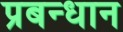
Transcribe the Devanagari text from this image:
प्रबन्धान